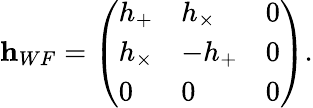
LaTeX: {\mathbf h}_{WF}=\left(\begin{array}{lll}{h_{+}}&{h_{\times}}&{0}\\ {h_{\times}}&{-h_{+}}&{0}\\ {0}&{0}&{0}\end{array}\right).